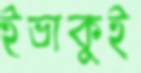
ইভাকুই